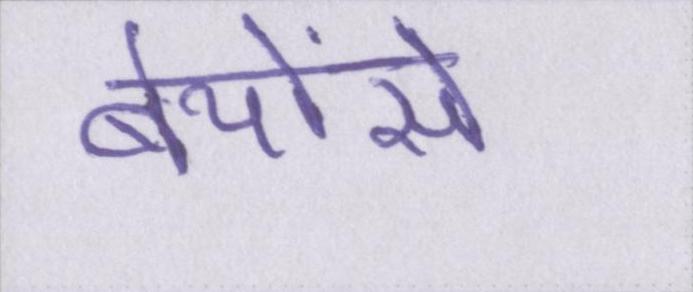
बेयोंसे